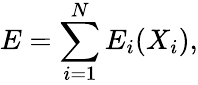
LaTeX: E=\sum_{i=1}^{N}E_{i}(X_{i}),